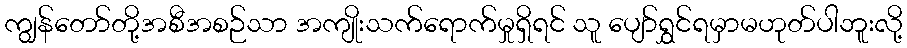
ကျွန်တော်တို့အစီအစဉ်သာ အကျိုးသက်ရောက်မှုရှိရင် သူ ပျော်ရွှင်ရမှာမဟုတ်ပါဘူးလို့